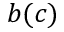
b ( c )